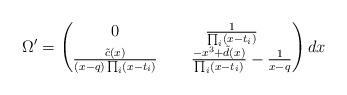
LaTeX: \begin{align*}\Omega'=\begin{pmatrix}0&\frac{1}{\prod_i(x-t_i)}\\ \frac{\tilde{c}(x)}{(x-q)\prod_i(x-t_i)}&\hskip0.5cm\frac{-x^3+\tilde{d}(x)}{\prod_i(x-t_i)}-\frac{1}{x-q}\end{pmatrix}dx\end{align*}